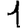
Digit: 1